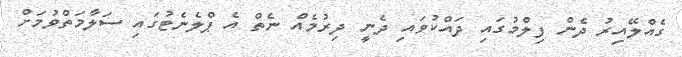
ގެއްލޭއިރު ދެން ފިލްމުގައި ދައްކުވައި ދެނީ ދިރުމެއް ނެތް އެ ޕްލެނެޓުގައި ސަލާމަތްވުމަށް